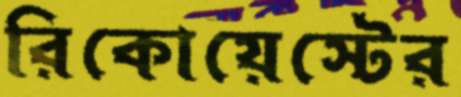
রিকোয়েস্টের